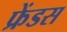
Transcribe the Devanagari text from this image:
फ्रेंडस